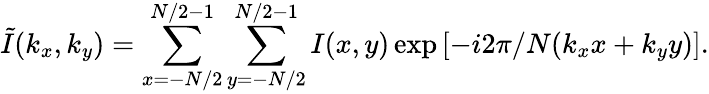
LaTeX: \tilde{I}(k_{x},k_{y})=\sum_{x=-N/2}^{N/2-1}\sum_{y=-N/2}^{N/2-1}I(x,y)\exp{[-i2\pi/N(k_{x}x+k_{y}y)]}.